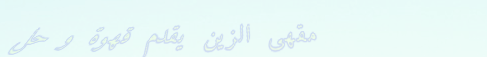
مقهى الزين يقدم قهوة و حل